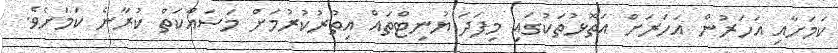
ކަމަށާއި އަހަރުން އަހަރަށް އަތޮޅުތަކުގައި މިފަދަ ޔުނިޓްތައް އިތުރުކުރުމަށް މަސައްކަތް ކުރާނެ ކަމަށެވެ.